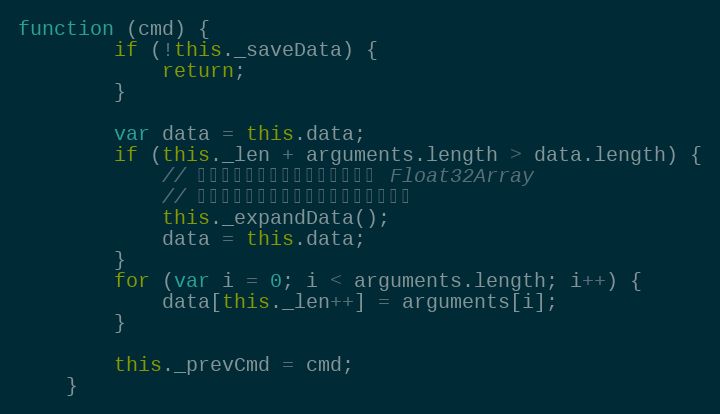
Language: JavaScript
function (cmd) {
        if (!this._saveData) {
            return;
        }

        var data = this.data;
        if (this._len + arguments.length > data.length) {
            // 因为之前的数组已经转换成静态的 Float32Array
            // 所以不够用时需要扩展一个新的动态数组
            this._expandData();
            data = this.data;
        }
        for (var i = 0; i < arguments.length; i++) {
            data[this._len++] = arguments[i];
        }

        this._prevCmd = cmd;
    }